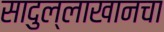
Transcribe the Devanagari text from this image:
सादुल्लाखानचा